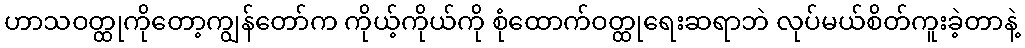
ဟာသဝတ္ထုကိုတော့ကျွန်တော်က ကိုယ့်ကိုယ်ကို စုံထောက်ဝတ္ထုရေးဆရာဘဲ လုပ်မယ်စိတ်ကူးခဲ့တာနဲ့